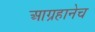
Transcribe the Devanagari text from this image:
आग्रहानेच